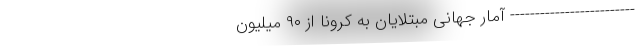
------------------------- آمار جهانیِ مبتلایان به کرونا از ۹۰ میلیون